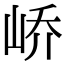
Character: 峤